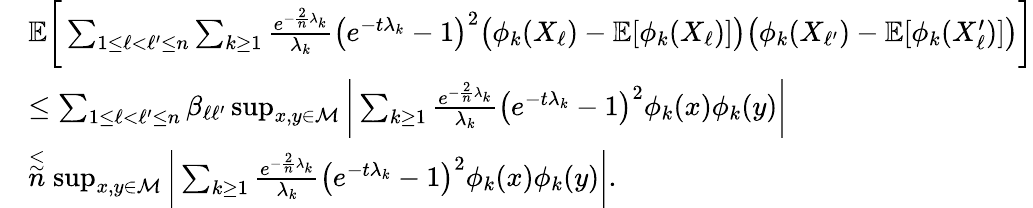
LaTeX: \begin{array}{rl}&{\mathbb{E}\bigg[\sum_{1\leq\ell<\ell^{\prime}\leq n}\sum_{k\geq 1}\frac{e^{-\frac{2}{n}\lambda_{k}}}{\lambda_{k}}\big(e^{-t\lambda_{k}}-1\big)^{2}\big(\phi_{k}(X_{\ell})-\mathbb{E}[\phi_{k}(X_{\ell})]\big)\big(\phi_{k}(X_{\ell^{\prime}})-\mathbb{E}[\phi_{k}(X_{\ell}^{\prime})]\big)\bigg]}\\ &{\leq\sum_{1\leq\ell<\ell^{\prime}\leq n}\beta_{\ell\ell^{\prime}}\operatorname*{sup}_{x,y\in\mathcal{M}}\bigg\vert\sum_{k\geq 1}\frac{e^{-\frac{2}{n}\lambda_{k}}}{\lambda_{k}}\big(e^{-t\lambda_{k}}-1\big)^{2}\phi_{k}(x)\phi_{k}(y)\bigg\vert}\\ &{\stackrel{\lesssim}n\operatorname*{sup}_{x,y\in\mathcal{M}}\bigg\vert\sum_{k\geq 1}\frac{e^{-\frac{2}{n}\lambda_{k}}}{\lambda_{k}}\big(e^{-t\lambda_{k}}-1\big)^{2}\phi_{k}(x)\phi_{k}(y)\bigg\vert.}\end{array}